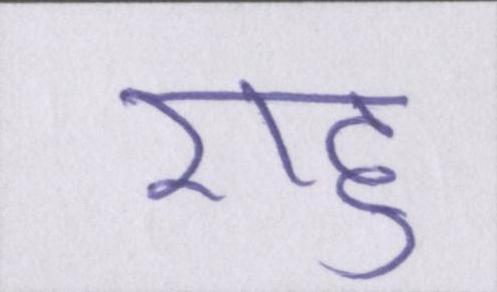
राहु